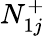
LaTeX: N_{1j}^{+}